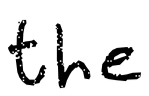
Text: the
Cross-out: clean
Writing tool: digital_black